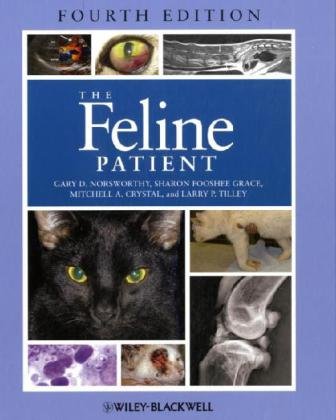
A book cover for The Feline Patient, 4th Edition; Medical Books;